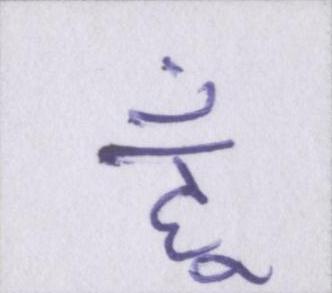
हूँ